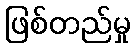
ဖြစ်တည်မှု